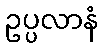
ဥပ္ပလာနံ